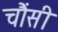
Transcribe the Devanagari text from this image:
चौंसी